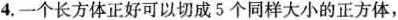
4.一个长方体正好可以切成5个同样大小的正方体，